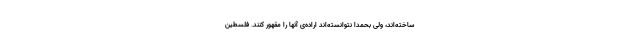
ساخته‌اند، ولی بحمدا نتوانسته‌اند اراده‌ی آنها را مقهور کنند. فلسطین